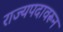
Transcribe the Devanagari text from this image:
राज्यपदावरून